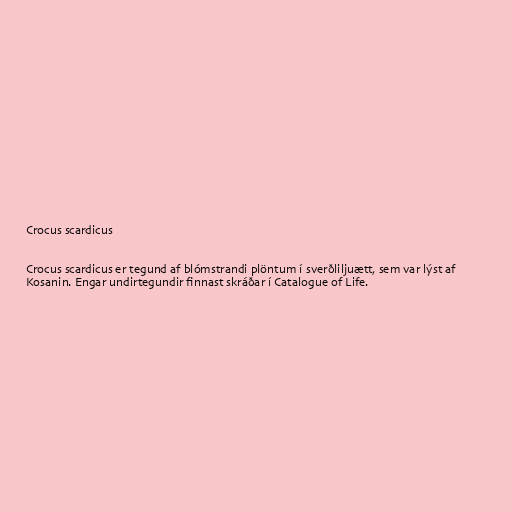
Crocus scardicus

Crocus scardicus er tegund af blómstrandi plöntum í sverðliljuætt, sem var lýst af
Kosanin. Engar undirtegundir finnast skráðar í Catalogue of Life.